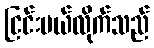
ငြင်းပယ်လိုက်သည်